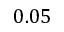
0 . 0 5